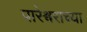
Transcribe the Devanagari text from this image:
पारेश्वराच्या